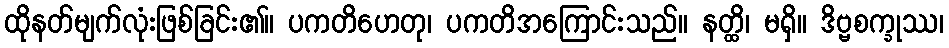
ထိုနတ်မျက်လုံးဖြစ်ခြင်း၏။ ပကတိဟေတု၊ ပကတိအကြောင်းသည်။ နတ္ထိ၊ မရှိ။ ဒိဗ္ဗစက္ခုဿ၊